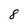
Character: 8